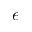
e